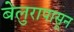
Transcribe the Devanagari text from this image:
बेलुरापासून